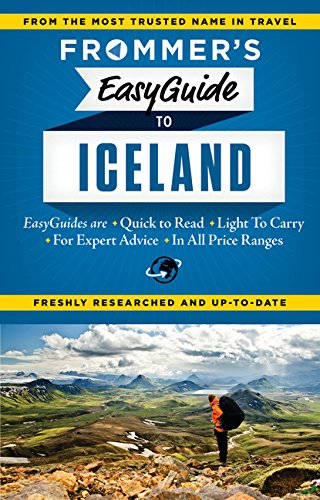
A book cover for Frommer's EasyGuide to Iceland (Easy Guides); Nicholas Gill; Travel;